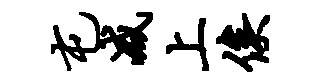
屯减上俟